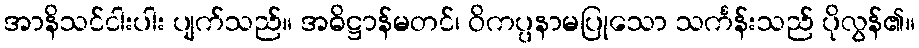
အာနိသင်ငါးပါး ပျက်သည်။ အဓိဋ္ဌာန်မတင်၊ ဝိကပ္ပနာမပြုသော သင်္ကန်းသည် ပိုလွန်၏။